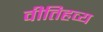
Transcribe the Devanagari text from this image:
वीतिहव्य